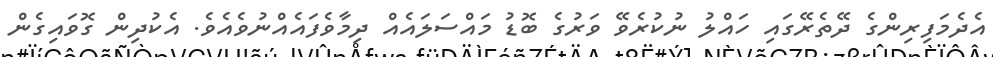
އެދެމަފިރިންގެ ދޭތެރޭގައި ހައްލު ނުކުރެވޭ ވަރުގެ ބޮޑު މައްސަލައެއް ދިމާވެފައެއްނުވެއެވެ. އެކުދިން ގޮވައިގެން